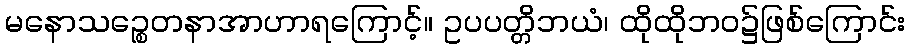
မနောသဉ္စေတနာအာဟာရကြောင့်။ ဥပပတ္တိဘယံ၊ ထိုထိုဘဝ၌ဖြစ်ကြောင်း